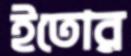
ইতোর